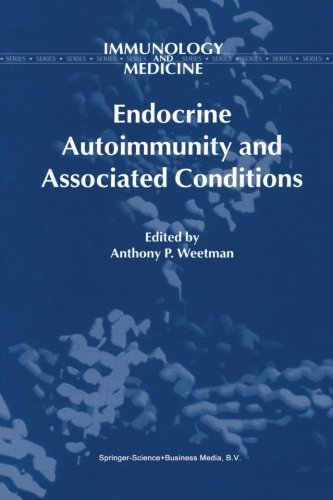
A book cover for Endocrine Autoimmunity and Associated Conditions (Immunology and Medicine); Medical Books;